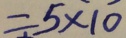
= 5 \times 1 0